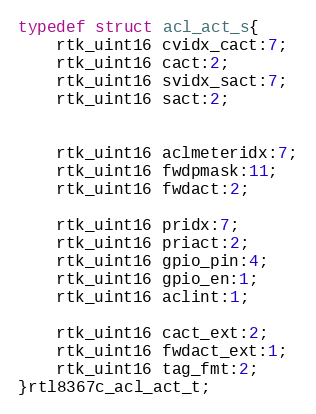
Language: C
typedef struct acl_act_s{
    rtk_uint16 cvidx_cact:7;
    rtk_uint16 cact:2;
    rtk_uint16 svidx_sact:7;
    rtk_uint16 sact:2;

    rtk_uint16 aclmeteridx:7;
    rtk_uint16 fwdpmask:11;
    rtk_uint16 fwdact:2;

    rtk_uint16 pridx:7;
    rtk_uint16 priact:2;
    rtk_uint16 gpio_pin:4;
    rtk_uint16 gpio_en:1;
    rtk_uint16 aclint:1;

    rtk_uint16 cact_ext:2;
    rtk_uint16 fwdact_ext:1;
    rtk_uint16 tag_fmt:2;
}rtl8367c_acl_act_t;